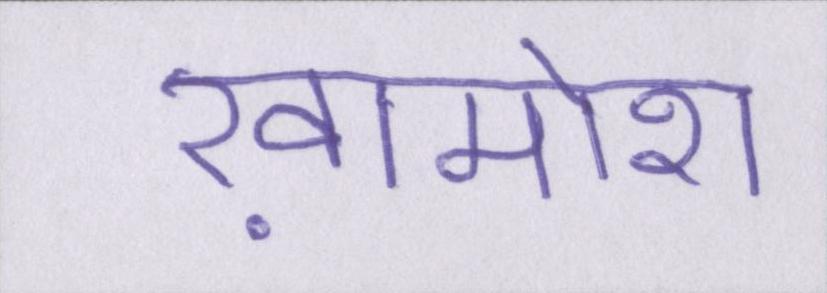
ख़ामोश